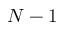
N - 1